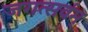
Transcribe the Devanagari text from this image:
जगत्सर्वम्